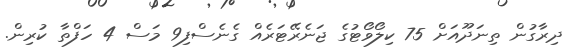
ދިރާގުން ތިނަދޫއަށް 75 ކިލޯވޯޓުގެ ޖަނެރޭޓަރެއް ގެނެސްފި9 މަސް 4 ހަފްތާ ކުރިން.